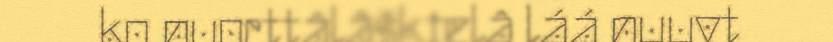
ko nuorttâlâškielâ láá nuuvt